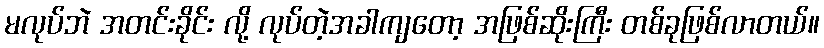
မလုပ်ဘဲ အတင်းခိုင်း လို့ လုပ်တဲ့အခါကျတော့ အဖြစ်ဆိုးကြီး တစ်ခုဖြစ်လာတယ်။